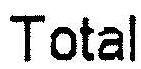
TOTAL